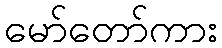
မော်တော်ကား